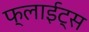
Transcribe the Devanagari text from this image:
फ्लाईट्स